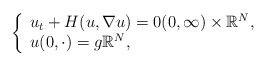
\begin{align*}\left\{ \begin{array}{l}u_{t}+H(u,\nabla u)=0(0,\infty )\times \Bbb{R}^{N}, \\ u(0,\cdot )=g\Bbb{R}^{N},\end{array}\right. \end{align*}